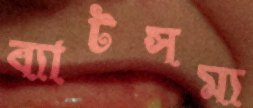
ব্যাটসম্য